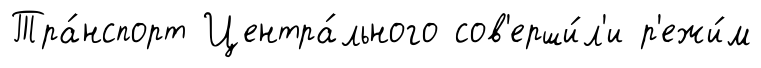
Тра́нспорт Центра́льного сов'ерши́л'и р'ежи́м